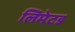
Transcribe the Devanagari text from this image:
लिमेटड